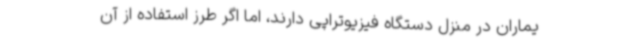
یماران در منزل دستگاه فیزیوتراپی دارند، اما اگر طرز استفاده از آن